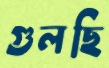
গুলছি